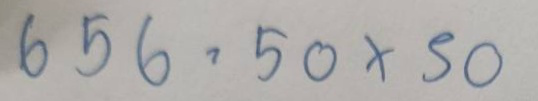
656 = 50 x 50